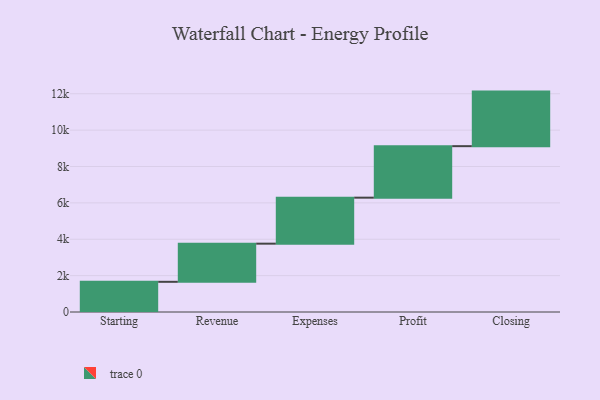
{"axis": {"x": "Step", "y": "Value"}, "legend": [""], "data": [{"x": "Starting", "y": 1660.0, "type": ""}, {"x": "Revenue", "y": 2098.0, "type": ""}, {"x": "Expenses", "y": 2529.0, "type": ""}, {"x": "Profit", "y": 2832.0, "type": ""}, {"x": "Closing", "y": 3000, "type": ""}]}